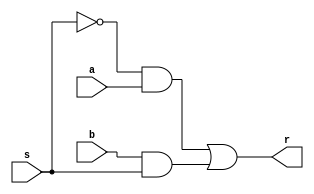
module mux2(a,b,s,r);
input a,b,s;
output r;
wire w1,w2,w3;
assign w1=~s;
assign w2=w1&a;
assign w3=b&s;
assign r=w2|w3;
endmodule